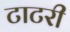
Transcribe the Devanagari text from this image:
टाटरी